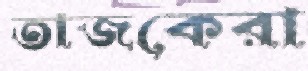
তাজকেরা